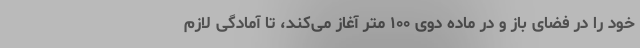
خود را در فضای باز و در ماده دوی ۱۰۰ متر آغاز می‌کند، تا آمادگی لازم